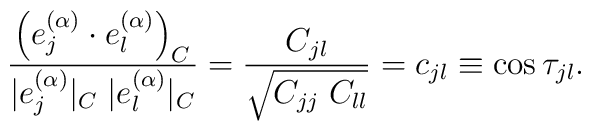
\frac{\left(e_j^{(\alpha)}\cdot e_l^{(\alpha)}\right)_C}      {|e_j^{(\alpha)}|_C \; |e_l^{(\alpha)}|_C}= \frac{C_{jl}}{\sqrt{C_{jj}\; C_{ll}}} = c_{jl} \equiv \cos\tau_{jl} .